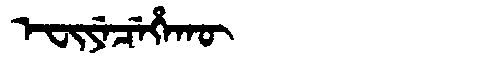
Manchu: ᡝᠸᡳᠶᡝᠴᡝᡥᠠᡴᡡ
Romanization: EFIYECEHAKŪ